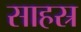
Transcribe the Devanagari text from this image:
साहस्र